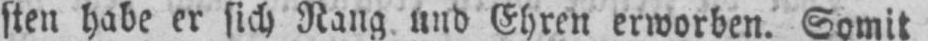
sten habe er sich Rang und Ehren erworben. Somit